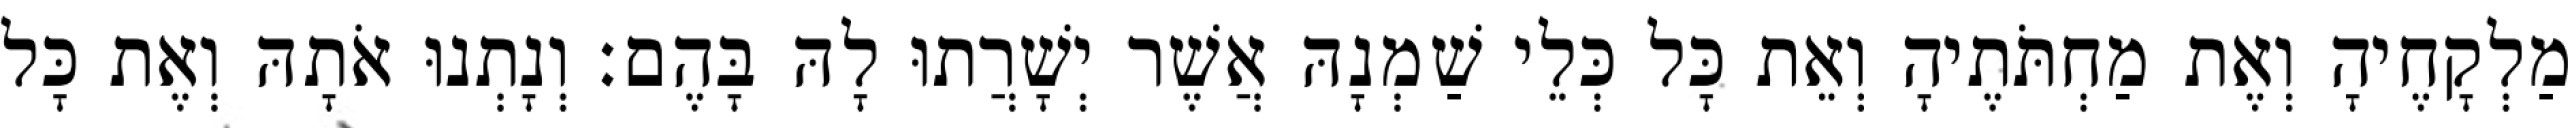
מַלְקָחֶיהָ וְאֶת מַחְתֹּתֶיהָ וְאֵת כָּל כְּלֵי שַׁמְנָהּ אֲשֶׁר יְשָׁרֲתוּ לָהּ בָּהֶם׃ וְנָתְנוּ אֹתָהּ וְאֶת כָּל